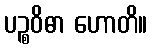
ပဉ္စဝိဓာ ဟောတိ။